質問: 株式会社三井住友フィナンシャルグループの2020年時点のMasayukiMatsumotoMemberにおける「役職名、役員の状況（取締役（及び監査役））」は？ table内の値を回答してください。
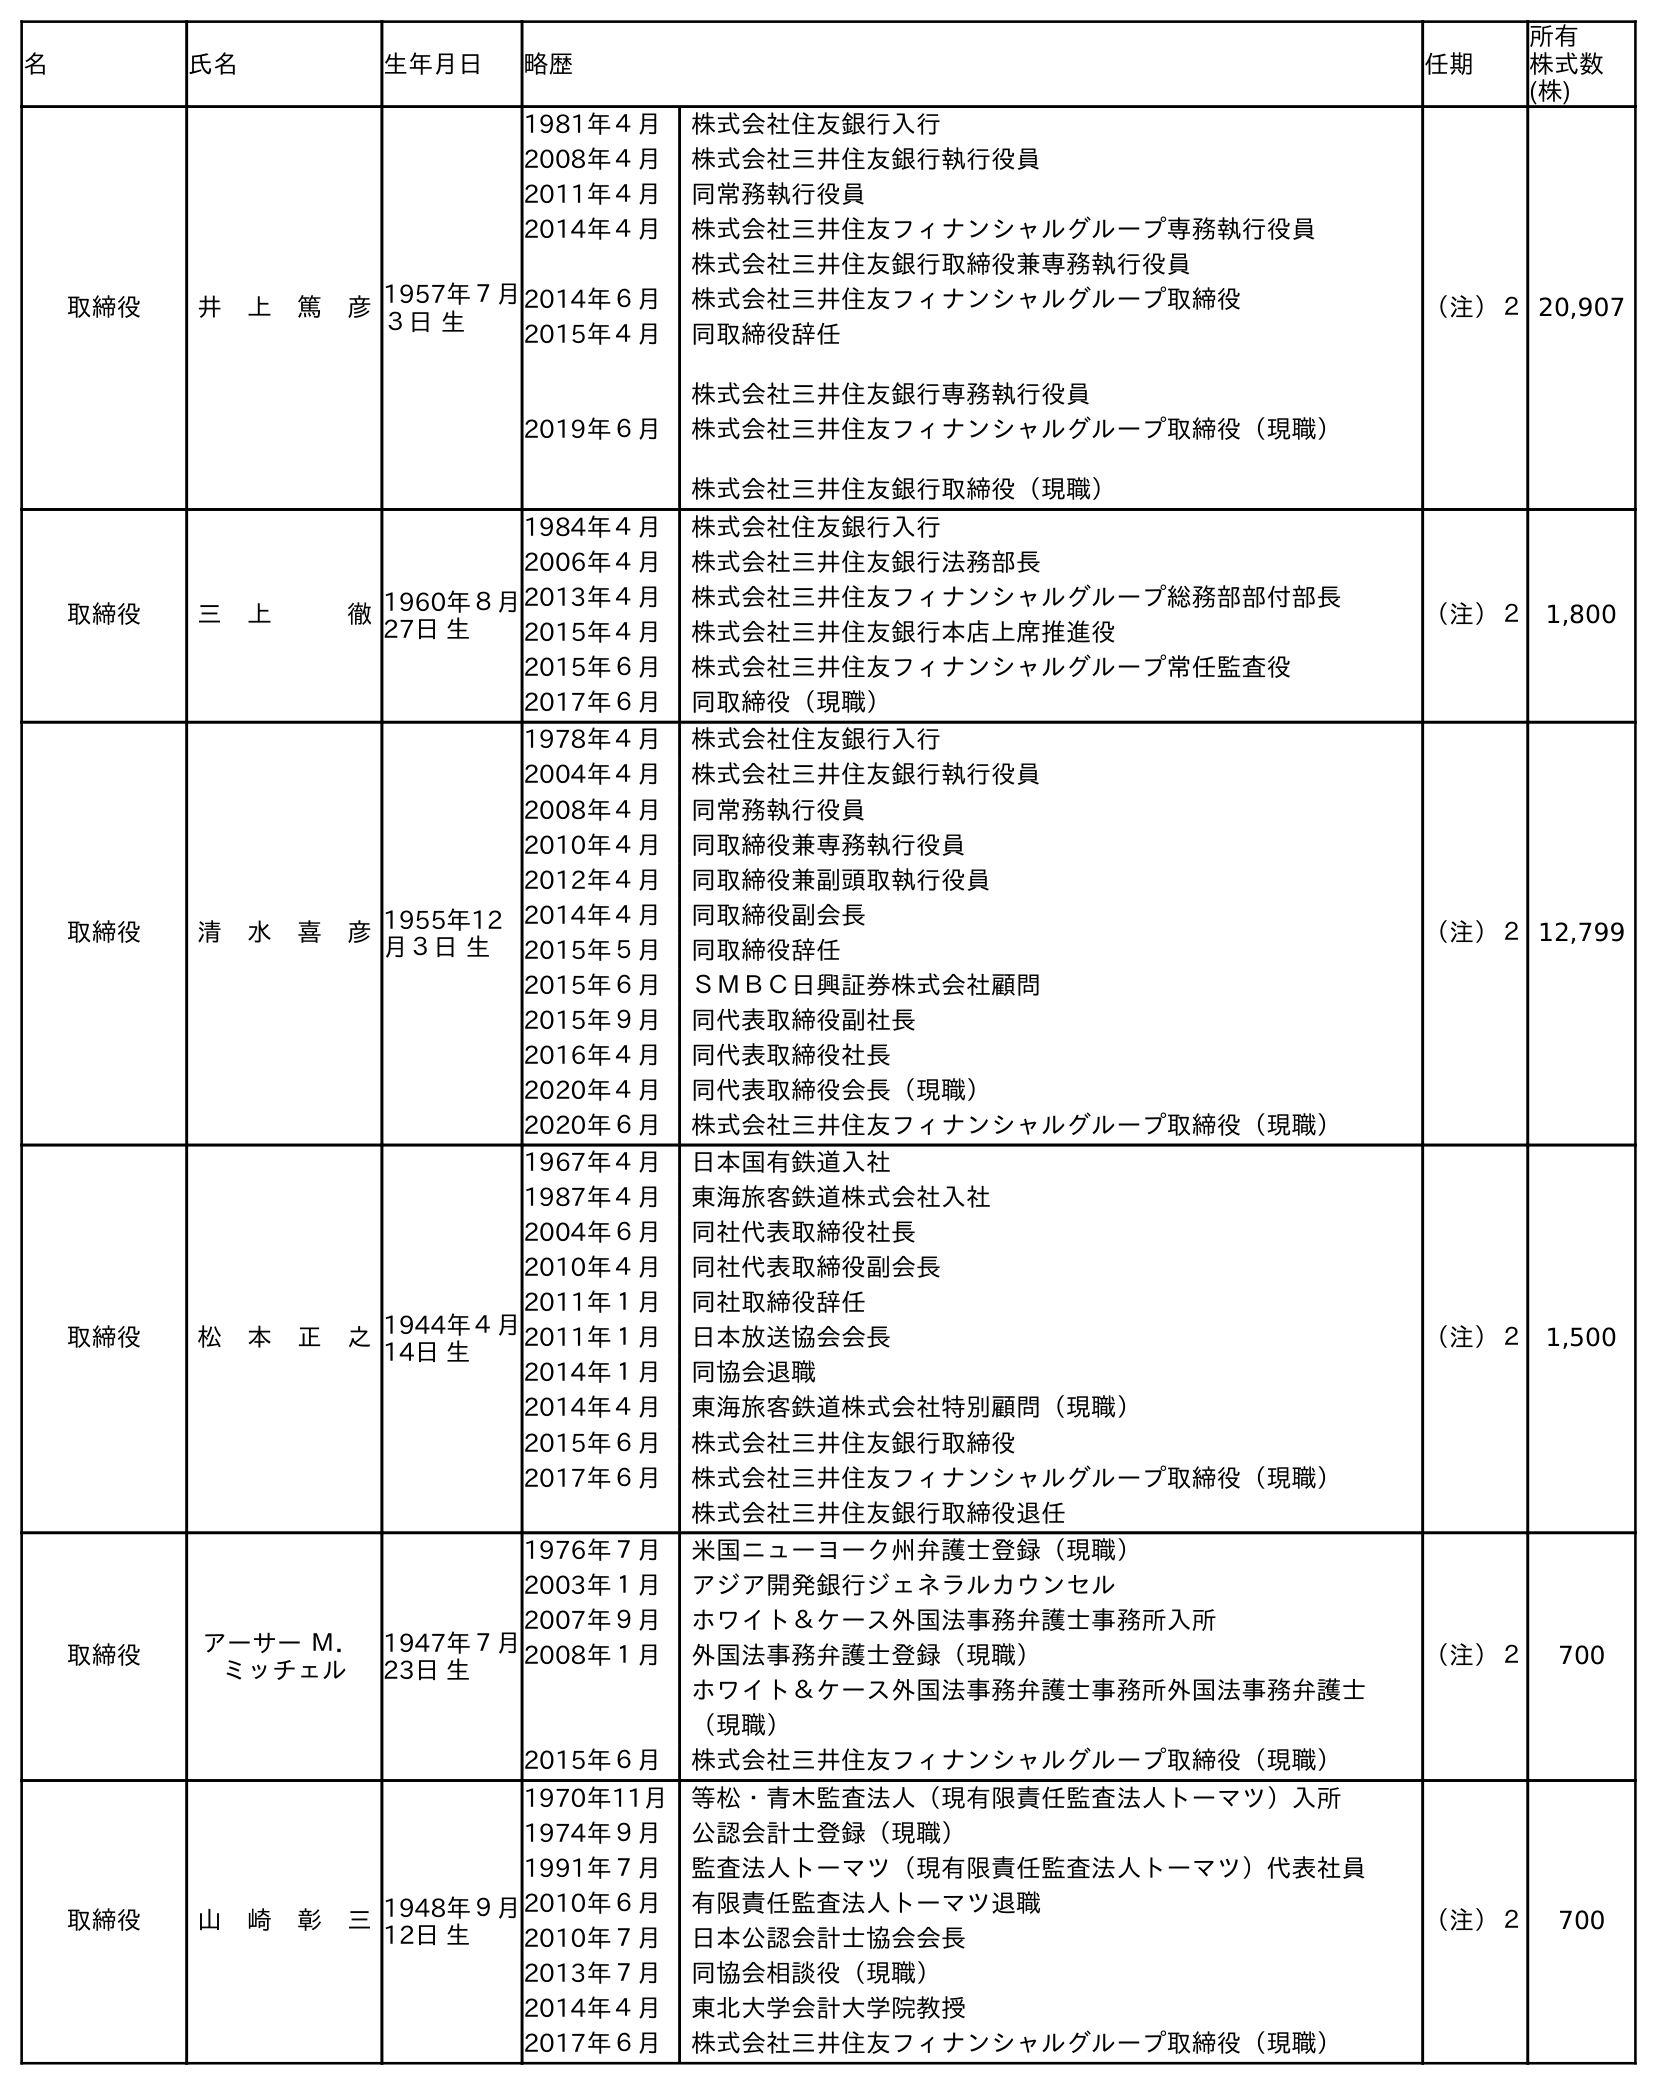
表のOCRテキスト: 名 氏名 生年月日 略歴 任期 所有 株式数 (株) 取締役 井 上 篤 彦1957年７月 ３日 生 1981年４月 株式会社住友銀行入行 2008年４月 株式会社三井住友銀行執行役員 2011年４月 同常務執行役員 2014年４月 株式会社三井住友フィナンシャルグループ専務執行役員 株式会社三井住友銀行取締役兼専務執行役員 2014年６月 株式会社三井住友フィナンシャルグループ取締役 2015年４月 同取締役辞任 株式会社三井住友銀行専務執行役員 2019年６月 株式会社三井住友フィナンシャルグループ取締役（現職） 株式会社三井住友銀行取締役（現職） （注）２20,907 取締役 三 上   徹1960年８月 27日 生 1984年４月 株式会社住友銀行入行 2006年４月 株式会社三井住友銀行法務部長 2013年４月 株式会社三井住友フィナンシャルグループ総務部部付部長 2015年４月 株式会社三井住友銀行本店上席推進役 2015年６月 株式会社三井住友フィナンシャルグループ常任監査役 2017年６月 同取締役（現職） （注）２ 1,800 取締役 清 水 喜 彦1955年12 月３日 生 1978年４月 株式会社住友銀行入行 2004年４月 株式会社三井住友銀行執行役員 2008年４月 同常務執行役員 2010年４月 同取締役兼専務執行役員 2012年４月 同取締役兼副頭取執行役員 2014年４月 同取締役副会長 2015年５月 同取締役辞任 2015年６月 ＳＭＢＣ日興証券株式会社顧問 2015年９月 同代表取締役副社長 2016年４月 同代表取締役社長 2020年４月 同代表取締役会長（現職） 2020年６月 株式会社三井住友フィナンシャルグループ取締役（現職） （注）２12,799 取締役 松 本 正 之1944年４月 14日 生 1967年４月 日本国有鉄道入社 1987年４月 東海旅客鉄道株式会社入社 2004年６月 同社代表取締役社長 2010年４月 同社代表取締役副会長 2011年１月 同社取締役辞任 2011年１月 日本放送協会会長 2014年１月 同協会退職 2014年４月 東海旅客鉄道株式会社特別顧問（現職） 2015年６月 株式会社三井住友銀行取締役 2017年６月 株式会社三井住友フィナンシャルグループ取締役（現職） 株式会社三井住友銀行取締役退任 （注）２ 1,500 取締役 アーサー Ｍ． ミッチェル 1947年７月 23日 生 1976年７月 米国ニューヨーク州弁護士登録（現職） 2003年１月 アジア開発銀行ジェネラルカウンセル 2007年９月 ホワイト＆ケース外国法事務弁護士事務所入所 2008年１月 外国法事務弁護士登録（現職） ホワイト＆ケース外国法事務弁護士事務所外国法事務弁護士 （現職） 2015年６月 株式会社三井住友フィナンシャルグループ取締役（現職） （注）２ 700 取締役 山 崎 彰 三1948年９月 12日 生 1970年11月 等松・青木監査法人（現有限責任監査法人トーマツ）入所 1974年９月 公認会計士登録（現職） 1991年７月 監査法人トーマツ（現有限責任監査法人トーマツ）代表社員 2010年６月 有限責任監査法人トーマツ退職 2010年７月 日本公認会計士協会会長 2013年７月 同協会相談役（現職） 2014年４月 東北大学会計大学院教授 2017年６月 株式会社三井住友フィナンシャルグループ取締役（現職） （注）２ 700
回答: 取締役